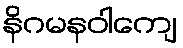
နိဂမနဝါကျေ